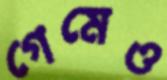
গেমেও